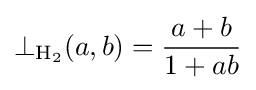
\bot _{\mathrm {H} _{2}}(a,b)={\frac {a+b}{1+ab}}